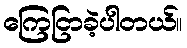
ကြေငြာခဲ့ပါတယ်။